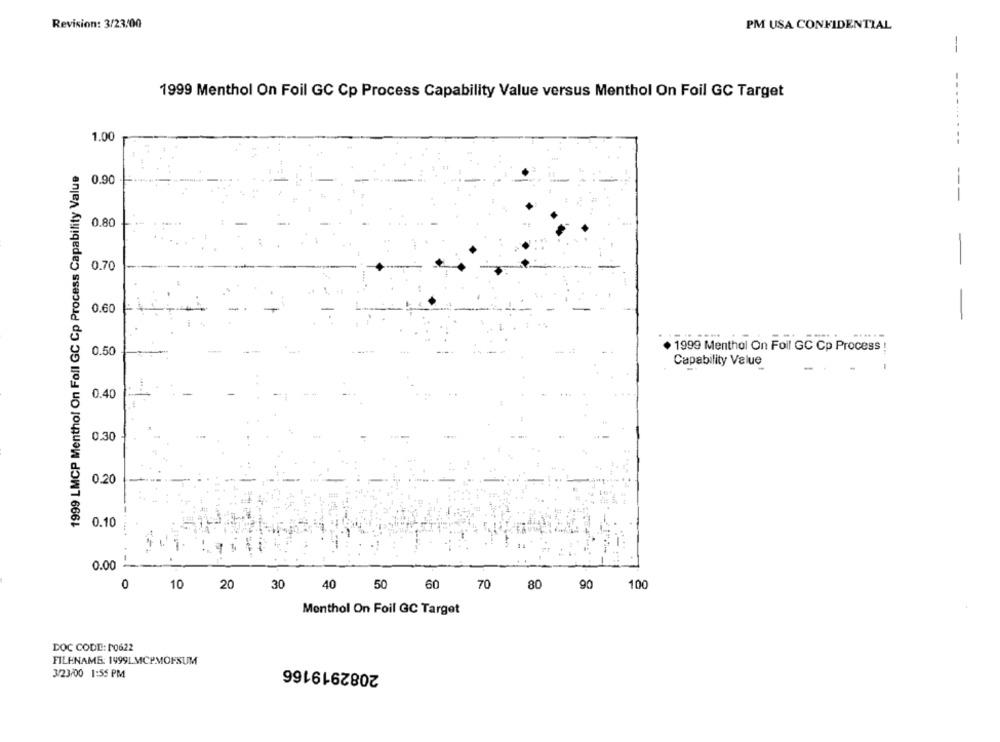
Revision: 3/23:00
PM USA CONFIDENTIAL
1999 Menthol On Foil GC Cp Process Capability Value versus Menthol On Foil GC Target
1.00
- ---------
1999 LMCP Menthol On Foll GC Cp Process Capability Value
0.90
---
0.80
0.70
-
0.60
-
1999 Menthol On Foil GC Cp Process !
0.50
Capability Value
0.40
0.30
0.20
0.10
0.00
0
10
20
30
40
50
60
70
80
90
100
Monthol On Foil GC Target
DOC CODE: 10622
FILENAME: 1499LMCPMOFSUM
2082919166
3/23/00 1:55 PM